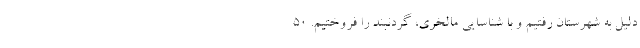
دلیل به شهرستان رفتیم و با شناسایی مالخری، گردنبند را فروختیم. 50